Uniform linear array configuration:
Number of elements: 48
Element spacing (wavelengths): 0.25
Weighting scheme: kaiser
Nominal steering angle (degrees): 45
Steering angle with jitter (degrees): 44.287
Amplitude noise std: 0.05
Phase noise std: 0.05

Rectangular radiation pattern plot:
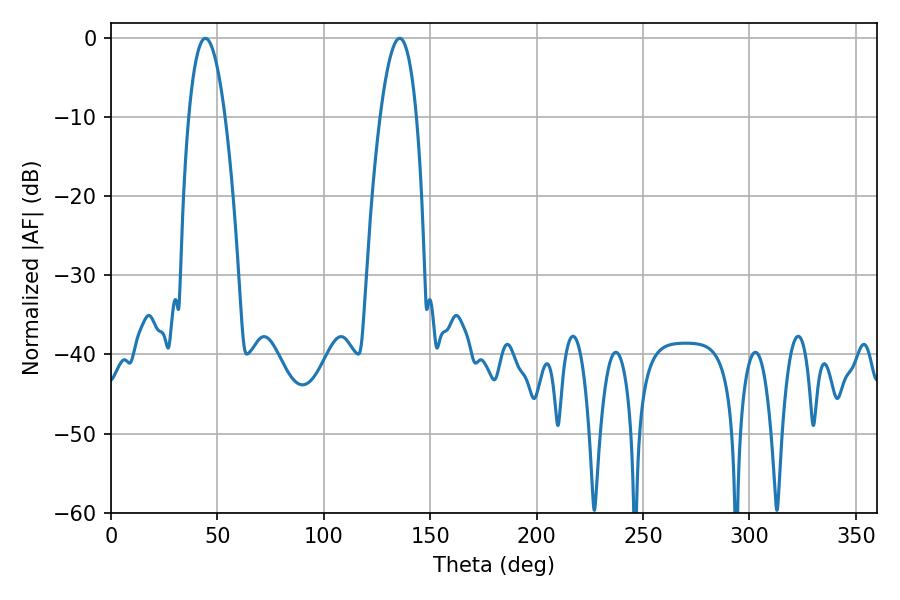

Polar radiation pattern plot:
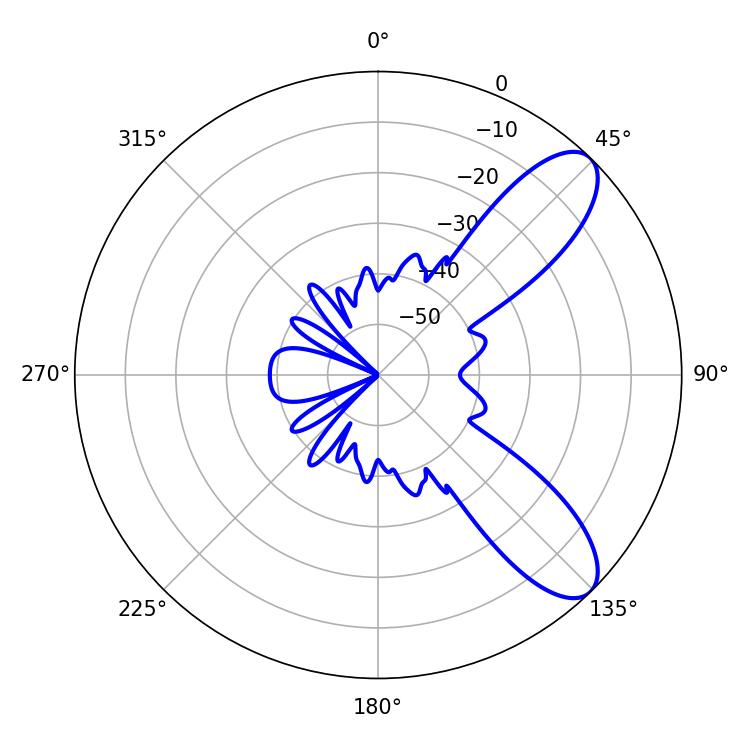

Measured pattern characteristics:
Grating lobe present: FALSE
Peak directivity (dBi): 9.064
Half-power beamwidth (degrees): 9.54
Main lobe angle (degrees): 44.28